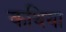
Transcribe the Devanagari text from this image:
कथिया